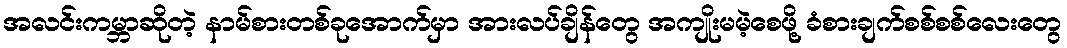
အလင်းကမ္ဘာဆိုတဲ့ နာမ်စားတစ်ခုအောက်မှာ အားလပ်ချိန်တွေ အကျိုးမမဲ့စေဖို့ ခံစားချက်စစ်စစ်လေးတွေ